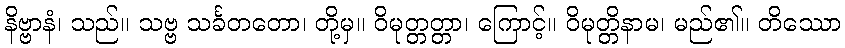
နိဗ္ဗာနံ၊ သည်။ သဗ္ဗ သင်္ခတတော၊ တို့မှ။ ဝိမုတ္တတ္တာ၊ ကြောင့်။ ဝိမုတ္တိနာမ၊ မည်၏။ တိဿော